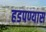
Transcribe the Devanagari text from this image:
हडपण्यास